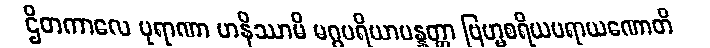
ဌိတကာလေ ပုရာဏာ ဟနိဿာမိ မဂ္ဂပရိယာပန္နတ္တာ ဗြဟ္မစရိယပရာယဏောတိ